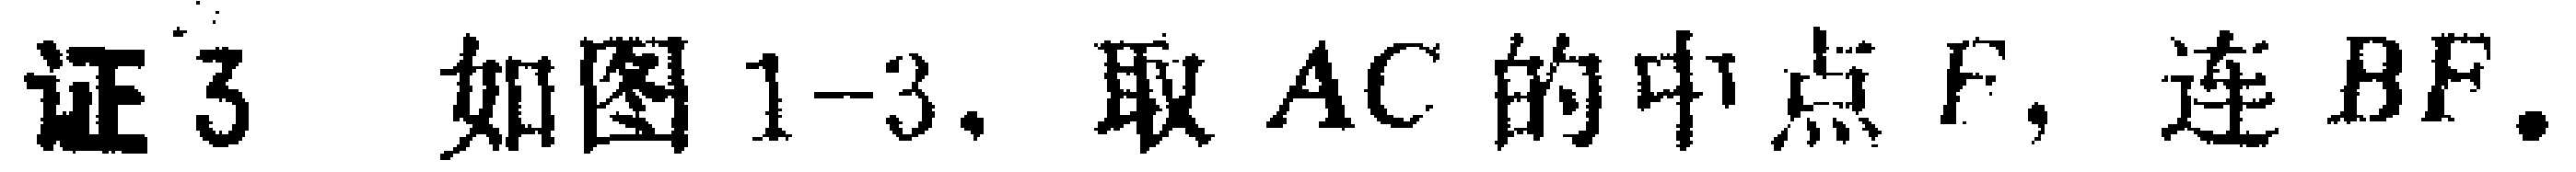
证3 如图1-3. 取 \(AC\) 的中点 \(F\), 连 \(BF\).